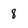
Character: 8